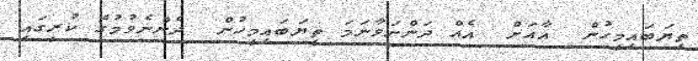
ތިޔަބައިމީހުން  އާއަށް  އެއް ދަންނަވާނަމަ ތިޔަބައިމީހުން  ދެންނެވުމުގެ ކުރީގައި